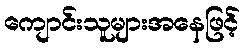
ကျောင်းသူများအနေဖြင့်